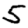
Digit: 5